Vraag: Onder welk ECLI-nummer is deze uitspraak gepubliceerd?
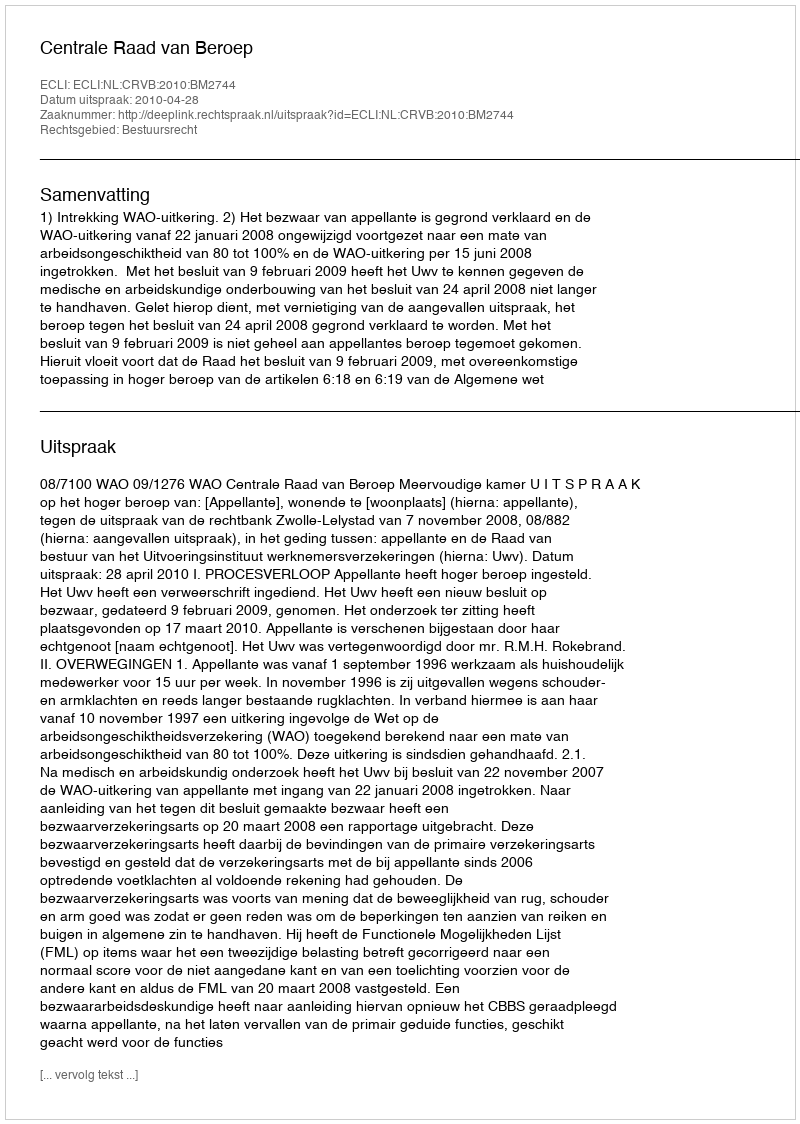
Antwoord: ECLI:NL:CRVB:2010:BM2744